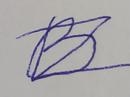
Signature authenticity: forged